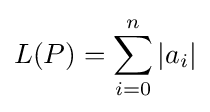
L(P)=\sum _{i=0}^{n}|a_{i}|